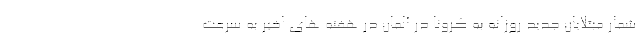
شمار مبتلایان جدید روزانه به کرونا در آلمان در هفته های اخیر به سرعت